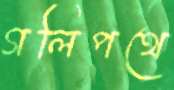
গলিপথে